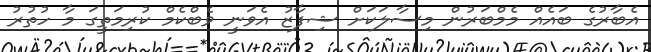
އެބާރުގެ ބައެއް މެމްބަރުން މިސާލަކަށް ޝިފާޒު އެވަނީ ވެބްކެމް ކުރިމަތީގަ މާ ހުތުރު